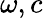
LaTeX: \omega,c